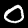
Label: 0